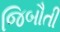
જિબૌતી